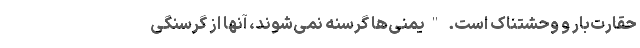
حقارت‌بار و وحشتناک است. "یمنی‌ها گرسنه نمی‌شوند، آنها از گرسنگی